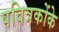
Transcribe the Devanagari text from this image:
पवित्रकोंके